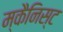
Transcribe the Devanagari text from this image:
म्कैनिस्ट